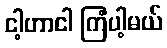
ငါ့ဟာငါ ကြံပါ့မယ်